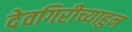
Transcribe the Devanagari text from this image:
देवगिरीच्याहुन